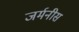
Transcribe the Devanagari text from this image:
जर्मनीस